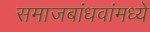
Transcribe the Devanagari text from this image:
समाजबांधवांमध्ये